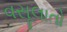
વસૂલાતો